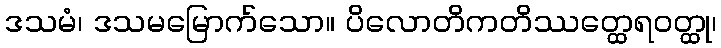
ဒသမံ၊ ဒသမမြောက်သော။ ပိလောတိကတိဿတ္ထေရဝတ္ထု၊